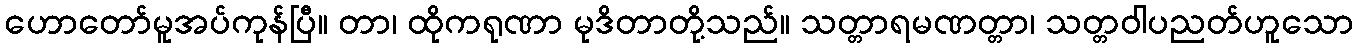
ဟောတော်မူအပ်ကုန်ပြီ။ တာ၊ ထိုကရုဏာ မုဒိတာတို့သည်။ သတ္တာရမဏတ္တာ၊ သတ္တဝါပညတ်ဟူသော